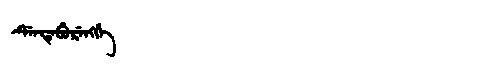
Manchu: ᡩᡝᠨᡩᡝᠪᡠᡵᡝᠩᡤᡝ
Romanization: DENDEBURENGGE